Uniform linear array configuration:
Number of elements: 32
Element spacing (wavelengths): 0.75
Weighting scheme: exponential
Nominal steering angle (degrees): -45
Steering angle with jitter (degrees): -43.085
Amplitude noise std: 0.05
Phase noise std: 0.05

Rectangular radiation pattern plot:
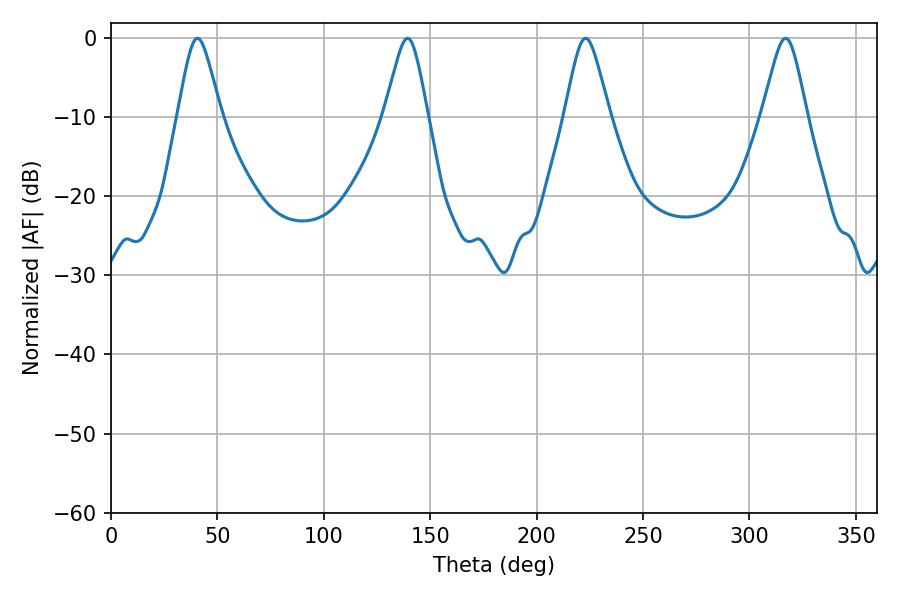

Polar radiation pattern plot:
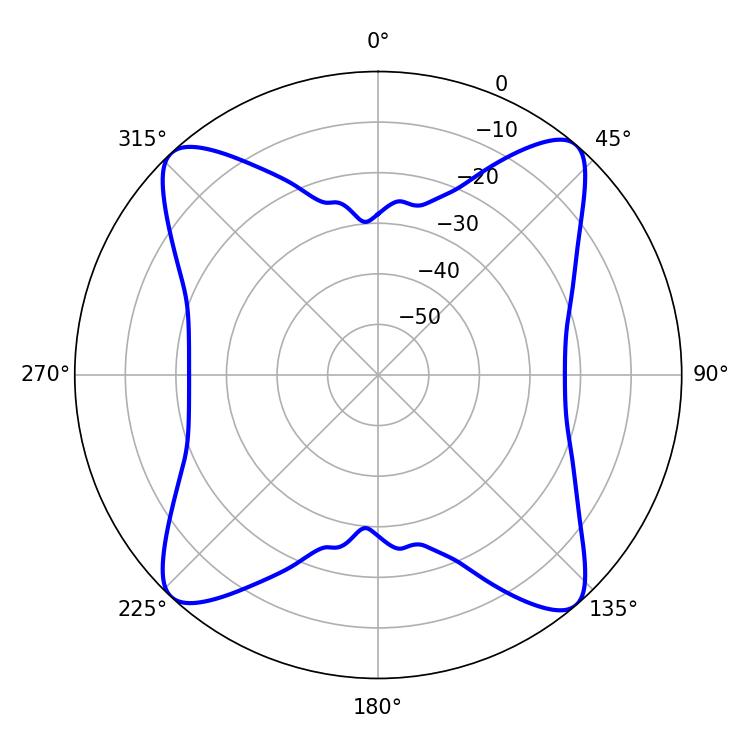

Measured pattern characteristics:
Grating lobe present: TRUE
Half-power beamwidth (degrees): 10.08
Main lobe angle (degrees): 223.02